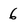
Character: 6